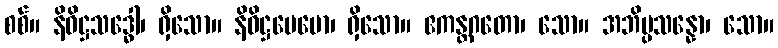
စစ်။ နိဝိဋ္ဌသဒ္ဓေါ၊ ရှိသော။ နိဝိဋ္ဌပေမော၊ ရှိသော။ ဧကန္တဂတော၊ သော။ အဘိပ္ပသန္နော၊ သော။